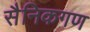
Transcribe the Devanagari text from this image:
सैनिकगण